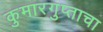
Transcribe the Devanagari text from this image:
कुमारगुप्ताचा